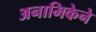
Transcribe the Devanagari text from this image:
अनामिकेने